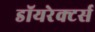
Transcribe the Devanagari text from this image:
डॉयरेक्टर्स